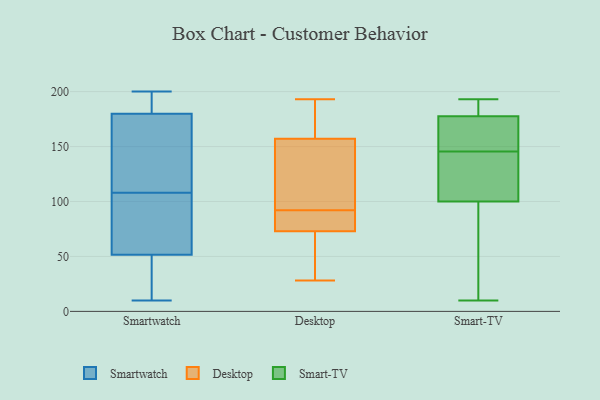
{"axis": {"x": "Tickets Resolved", "y": "Value"}, "legend": ["Desktop", "Smart-TV", "Smartwatch"], "data": [{"x": "", "y": 68, "type": "Smartwatch"}, {"x": "", "y": 131, "type": "Smartwatch"}, {"x": "", "y": 200, "type": "Smartwatch"}, {"x": "", "y": 10, "type": "Smartwatch"}, {"x": "", "y": 46, "type": "Smartwatch"}, {"x": "", "y": 108, "type": "Smartwatch"}, {"x": "", "y": 32, "type": "Smartwatch"}, {"x": "", "y": 76, "type": "Smartwatch"}, {"x": "", "y": 192, "type": "Smartwatch"}, {"x": "", "y": 44, "type": "Smartwatch"}, {"x": "", "y": 107, "type": "Smartwatch"}, {"x": "", "y": 121, "type": "Smartwatch"}, {"x": "", "y": 149, "type": "Smartwatch"}, {"x": "", "y": 190, "type": "Smartwatch"}, {"x": "", "y": 195, "type": "Smartwatch"}, {"x": "", "y": 87, "type": "Desktop"}, {"x": "", "y": 55, "type": "Desktop"}, {"x": "", "y": 66, "type": "Desktop"}, {"x": "", "y": 138, "type": "Desktop"}, {"x": "", "y": 55, "type": "Desktop"}, {"x": "", "y": 80, "type": "Desktop"}, {"x": "", "y": 28, "type": "Desktop"}, {"x": "", "y": 193, "type": "Desktop"}, {"x": "", "y": 155, "type": "Desktop"}, {"x": "", "y": 171, "type": "Desktop"}, {"x": "", "y": 92, "type": "Desktop"}, {"x": "", "y": 89, "type": "Desktop"}, {"x": "", "y": 190, "type": "Desktop"}, {"x": "", "y": 173, "type": "Desktop"}, {"x": "", "y": 126, "type": "Desktop"}, {"x": "", "y": 92, "type": "Desktop"}, {"x": "", "y": 88, "type": "Desktop"}, {"x": "", "y": 127, "type": "Desktop"}, {"x": "", "y": 61, "type": "Desktop"}, {"x": "", "y": 159, "type": "Desktop"}, {"x": "", "y": 66, "type": "Smart-TV"}, {"x": "", "y": 140, "type": "Smart-TV"}, {"x": "", "y": 135, "type": "Smart-TV"}, {"x": "", "y": 185, "type": "Smart-TV"}, {"x": "", "y": 85, "type": "Smart-TV"}, {"x": "", "y": 155, "type": "Smart-TV"}, {"x": "", "y": 163, "type": "Smart-TV"}, {"x": "", "y": 176, "type": "Smart-TV"}, {"x": "", "y": 151, "type": "Smart-TV"}, {"x": "", "y": 15, "type": "Smart-TV"}, {"x": "", "y": 10, "type": "Smart-TV"}, {"x": "", "y": 193, "type": "Smart-TV"}, {"x": "", "y": 115, "type": "Smart-TV"}, {"x": "", "y": 179, "type": "Smart-TV"}, {"x": "", "y": 182, "type": "Smart-TV"}, {"x": "", "y": 137, "type": "Smart-TV"}]}